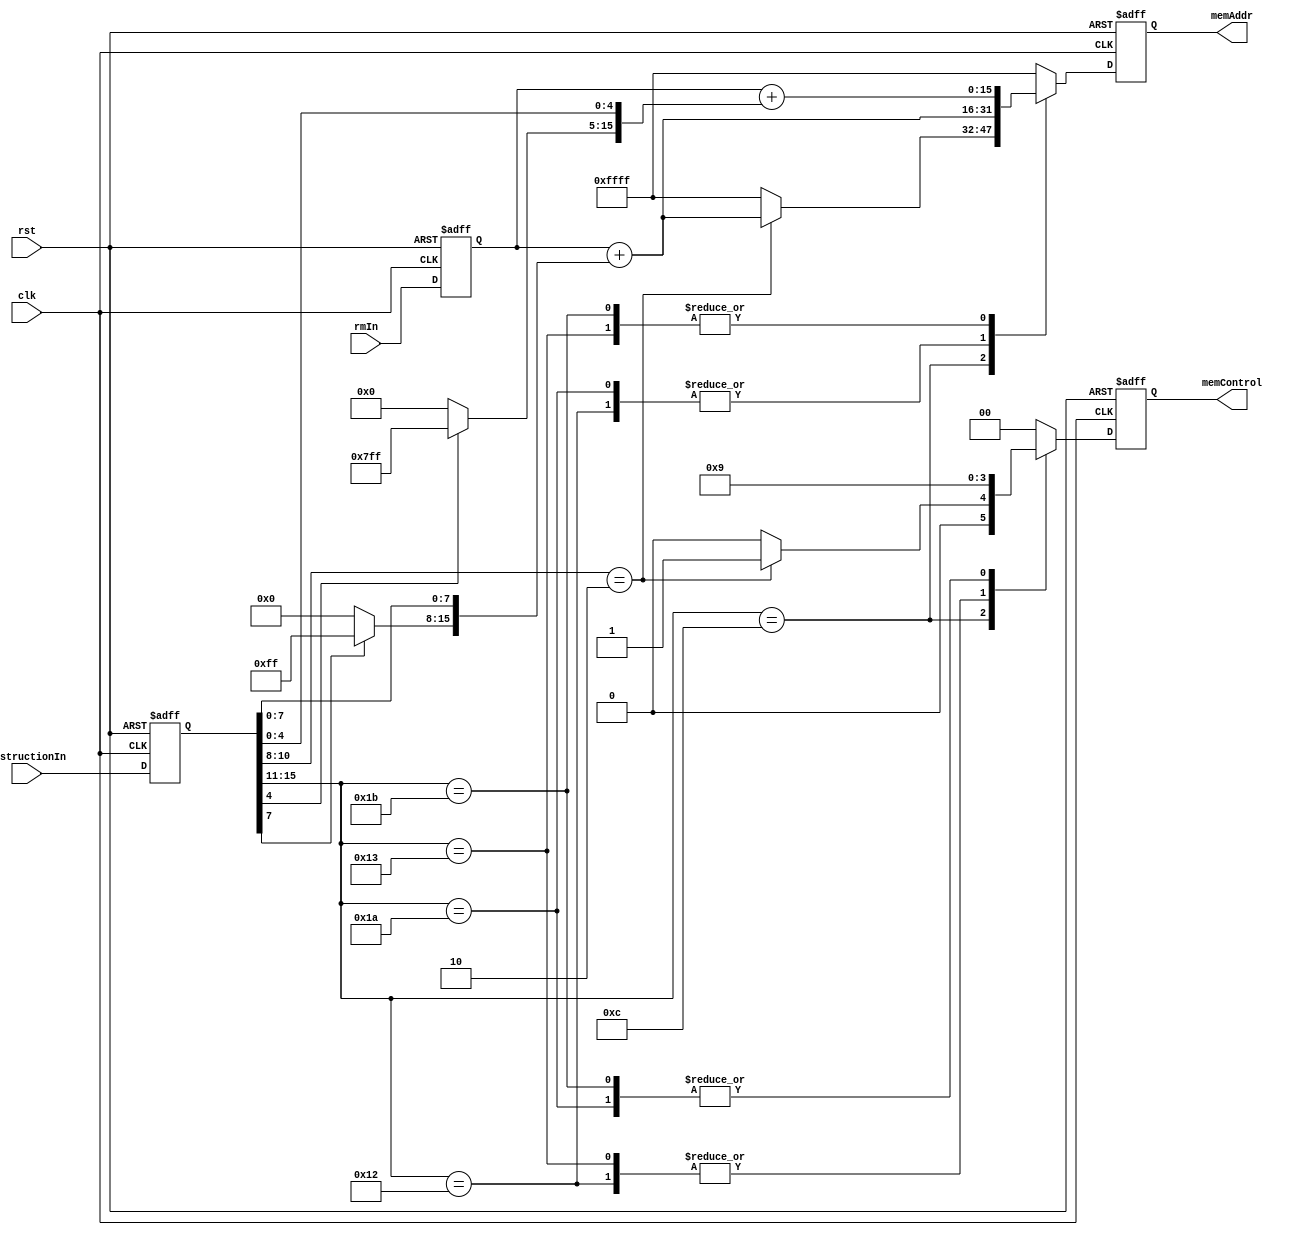
module memAddressCalculator (
  input clk, rst,
  input [15:0] instructionIn,
  input [15:0] rmIn,
  output reg [1:0] memControl,
  output reg [15:0] memAddr
);

wire [15:0] imm16sfrom5, imm16sfrom8;
reg [15:0] instruction, rm;

assign imm16sfrom5 = {instruction[4] ? 11'b11111111111 : 11'b00000000000, instruction[4:0]};
assign imm16sfrom8 = {instruction[7] ? 8'hFF : 8'h00, instruction[7:0]};

always @ (negedge clk or negedge rst)
  if (!rst)
  begin
    instruction = 16'b0000100000000000;
    rm = 0;
  end
  else
  begin
    instruction = instructionIn;
    rm = rmIn;
  end

always @ (posedge clk or negedge rst)
begin
  memAddr = 16'hFFFF;
  memControl = 2'b00;
  if (!rst)
  begin
    memAddr = 16'hFFFF;
    memControl = 2'b00;
  end
  else
  begin
    case (instruction[15:11])
      5'b01100:                         // sw_rs
        case (instruction[10:8])
          3'b010:                       // sw_rs
          begin
            memAddr = rm + imm16sfrom8;
            memControl = 2'b01; // write
          end
        endcase
      5'b10010:                         // lw_sp
      begin
        memAddr = rm + imm16sfrom8;
        memControl = 2'b10; // read
      end
      5'b10011:                         // lw
      begin
        memAddr = rm + imm16sfrom5;
        memControl = 2'b10; // read
      end
      5'b11010:                         // sw_sp
      begin
        memAddr = rm + imm16sfrom8;
        memControl = 2'b01; // write
      end
      5'b11011:                         // sw
      begin
        memAddr = rm + imm16sfrom5;
        memControl = 2'b01; // write
      end
    endcase
  end
end

endmodule